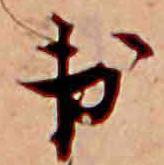
出